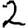
Digit: 2